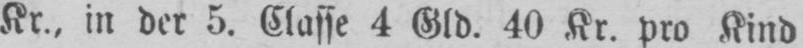
Kr., in der 5. Classe 4 Gld. 40 Kr. pro Kind